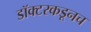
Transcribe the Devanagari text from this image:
डॉक्टरकडूनच